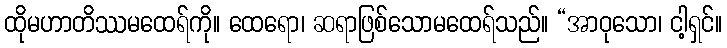
ထိုမဟာတိဿမထေရ်ကို။ ထေရော၊ ဆရာဖြစ်သောမထေရ်သည်။ “အာဝုသော၊ ငါ့ရှင်။